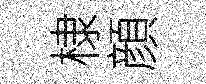
棣顔